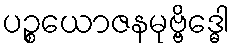
ပဉ္စယောဇနမုဗ္ဗိဒ္ဓေါ